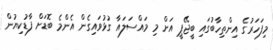
މިފަހަރުގެ އިންތިހާބުގައި ބީޖޭޕީ އަށް މި މައްސަލައާ ގުޅުވައިގެން އެންމެ ބޮޑަށް ފާޑުކިޔުން